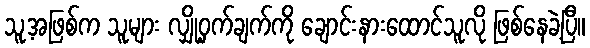
သူ့အဖြစ်က သူများ လျှို့ဝှက်ချက်ကို ချောင်းနားထောင်သူလို ဖြစ်နေခဲ့ပြီ။